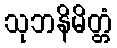
သုဘနိမိတ္တံ